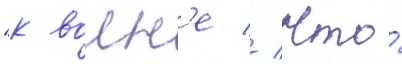
"к волн'е // Что́